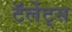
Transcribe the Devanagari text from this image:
टॅलेंट्स